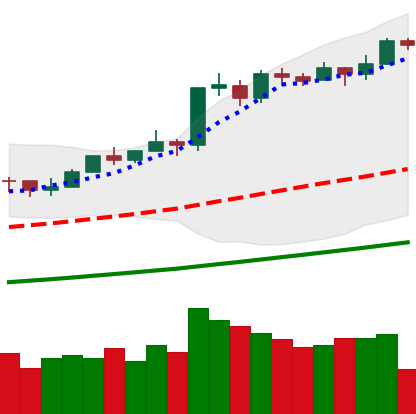
Ticker: BTC-USD
Chart end date: 2021-02-18
Forward return: -5.525%
Label: down_5_7